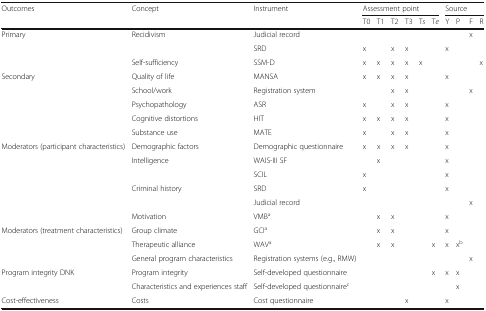
<table><thead><tr><td rowspan="2"><b>Outcomes</b></td><td rowspan="2"><b>Concept</b></td><td rowspan="2"><b>Instrument</b></td><td colspan="6"><b>Assessment point</b></td><td colspan="4"><b>Source</b></td></tr><tr><td><b>T0</b></td><td><b>T1</b></td><td><b>T2</b></td><td><b>T3</b></td><td><b>T<i>s</i></b></td><td><b>T<i>e</i></b></td><td><b>Y</b></td><td><b>P</b></td><td><b>F</b></td><td><b>R</b></td></tr></thead><tbody><tr><td>Primary</td><td>Recidivism</td><td>Judicial record</td><td></td><td></td><td></td><td></td><td></td><td></td><td></td><td></td><td>x</td><td></td></tr><tr><td></td><td></td><td>SRD</td><td>x</td><td></td><td>x</td><td>x</td><td></td><td></td><td>x</td><td></td><td></td><td></td></tr><tr><td></td><td>Self-sufficiency</td><td>SSM-D</td><td>x</td><td>x</td><td>x</td><td>x</td><td>x</td><td></td><td></td><td></td><td></td><td>x</td></tr><tr><td>Secondary</td><td>Quality of life</td><td>MANSA</td><td>x</td><td>x</td><td>x</td><td>x</td><td></td><td></td><td>x</td><td></td><td></td><td></td></tr><tr><td></td><td>School/work</td><td>Registration system</td><td></td><td></td><td>x</td><td>x</td><td></td><td></td><td></td><td></td><td>x</td><td></td></tr><tr><td></td><td>Psychopathology</td><td>ASR</td><td>x</td><td></td><td>x</td><td>x</td><td></td><td></td><td>x</td><td></td><td></td><td></td></tr><tr><td></td><td>Cognitive distortions</td><td>HIT</td><td>x</td><td>x</td><td>x</td><td>x</td><td></td><td></td><td>x</td><td></td><td></td><td></td></tr><tr><td></td><td>Substance use</td><td>MATE</td><td>x</td><td></td><td>x</td><td>x</td><td></td><td></td><td>x</td><td></td><td></td><td></td></tr><tr><td>Moderators (participant characteristics)</td><td>Demographic factors</td><td>Demographic questionnaire</td><td>x</td><td>x</td><td>x</td><td>x</td><td></td><td></td><td>x</td><td></td><td></td><td></td></tr><tr><td></td><td>Intelligence</td><td>WAIS-III SF</td><td></td><td>x</td><td></td><td></td><td></td><td></td><td>x</td><td></td><td></td><td></td></tr><tr><td></td><td></td><td>SCIL</td><td>x</td><td></td><td></td><td></td><td></td><td></td><td>x</td><td></td><td></td><td></td></tr><tr><td></td><td>Criminal history</td><td>SRD</td><td>x</td><td></td><td></td><td></td><td></td><td></td><td>x</td><td></td><td></td><td></td></tr><tr><td></td><td></td><td>Judicial record</td><td></td><td></td><td></td><td></td><td></td><td></td><td></td><td></td><td>x</td><td></td></tr><tr><td></td><td>Motivation</td><td>VMB<sup>a</sup></td><td></td><td>x</td><td>x</td><td></td><td></td><td></td><td>x</td><td></td><td></td><td></td></tr><tr><td>Moderators (treatment characteristics)</td><td>Group climate</td><td>GCI<sup>a</sup></td><td></td><td>x</td><td>x</td><td></td><td></td><td></td><td>x</td><td></td><td></td><td></td></tr><tr><td></td><td>Therapeutic alliance</td><td>WAV<sup>a</sup></td><td></td><td>x</td><td>x</td><td></td><td></td><td>x</td><td>x</td><td>x<sup>b</sup></td><td></td><td></td></tr><tr><td></td><td>General program characteristics</td><td>Registration systems (e.g., RMW)</td><td></td><td></td><td></td><td></td><td></td><td></td><td></td><td></td><td>x</td><td></td></tr><tr><td>Program integrity DNK</td><td>Program integrity</td><td>Self-developed questionnaire</td><td></td><td></td><td></td><td></td><td></td><td>x</td><td>x</td><td>x</td><td></td><td></td></tr><tr><td></td><td>Characteristics and experiences staff</td><td>Self-developed questionnaire<sup>c</sup></td><td></td><td></td><td></td><td></td><td></td><td></td><td></td><td>x</td><td></td><td></td></tr><tr><td>Cost-effectiveness</td><td>Costs</td><td>Cost questionnaire</td><td></td><td></td><td></td><td>x</td><td></td><td></td><td>x</td><td></td><td></td><td></td></tr></tbody></table>